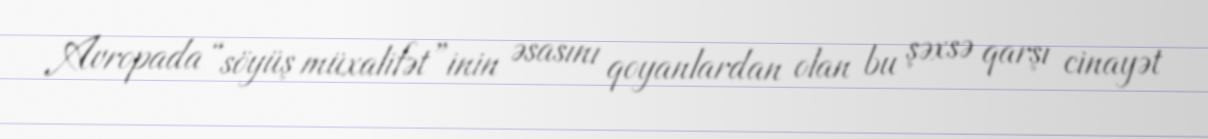
Avropada “söyüş müxalifət”inin əsasını qoyanlardan olan bu şəxsə qarşı cinayət